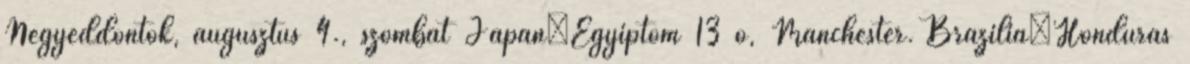
Negyeddöntők, augusztus 4., szombat Japán–Egyiptom 13 ó, Manchester. Brazília–Honduras